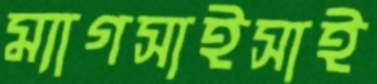
ম্যাগসাইসাই